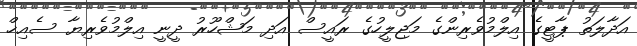
އަދާލަތު ޕާޓީގެ އިލްމުވެރިންގެ މަޖިލީހުގެ ރައީސް އަދި މަޝްހޫރު ދީނީ އިލްމުވެރިޔާ ސެއިޚް